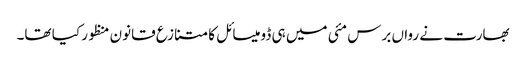
بھارت نے رواں برس مئی میں ہی ڈومیسائل کا متنازع قانون منظور کیا تھا۔